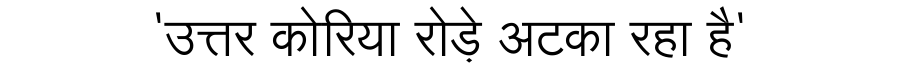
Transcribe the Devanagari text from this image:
'उत्तर कोरिया रोड़े अटका रहा है'